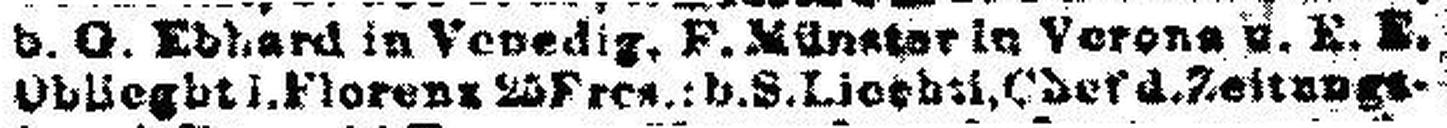
Oblieght i.Florenz & Fres.; b.S.Liechtl, Chef d.Zeitungs¬